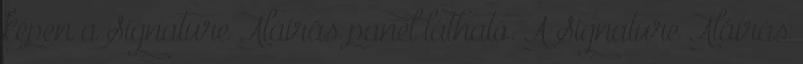
képen a Signature Aláírás panel látható. A Signature Aláírás